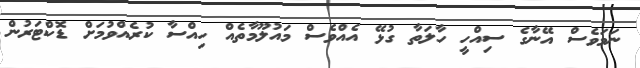
ނަމަވެސް އޭނާގެ ސިއްހީ ހާލަތާ ގުޅޭ އެއްވެސް މައުލޫމާތެއް ހިއްސާ ކުރެއްވުމަށް ޑޮކްޓަރުން